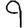
Digit: 9